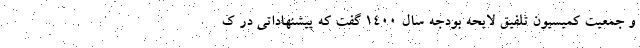
و جمعیت کمیسیون تلفیق لایحه بودجه سال ۱۴۰۰ گفت که پیشنهاداتی در ک